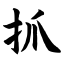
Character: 抓